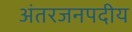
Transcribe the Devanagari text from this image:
अंतरजनपदीय